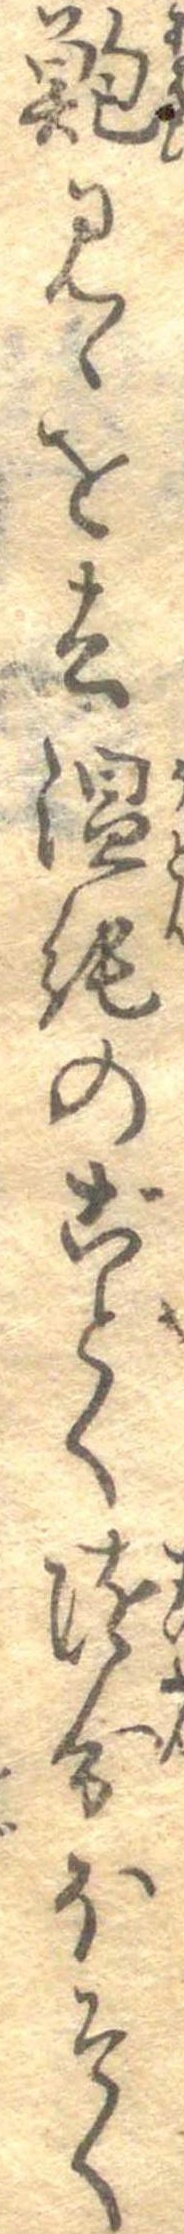
鮑みゝを去温飩のごとく随分ほそく